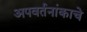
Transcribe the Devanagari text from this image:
अपवर्तनांकाचे